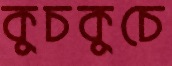
কুচকুচে